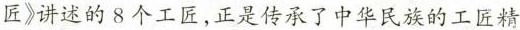
匠》讲述的8个工匠，正是传承了中华民族的工匠精